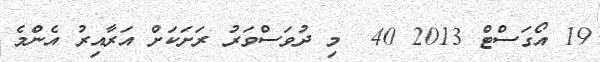
19 އޯގަސްޓް 2013 40  މި ދުވަސްވަރު ރަށަކަށް އަރާއިރު އެންމެ